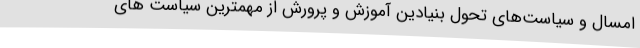
امسال و سیاست‌های تحول بنیادین آموزش و پرورش از مهمترین سیاست های